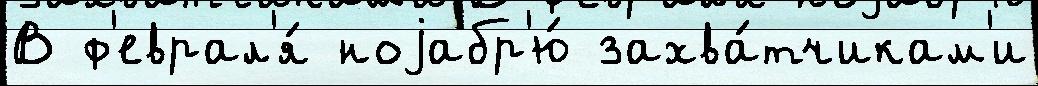
В ф'еврал'я́ ноjабр'ю́ захва́тчикам'и